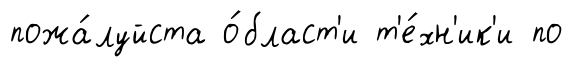
пожа́луйста о́бласт'и т'е́хн'ик'и по